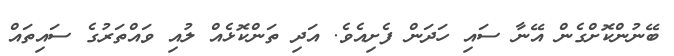
ބޭނުންކޮށްގެން އޭނާ ސައި ހަދަން ފެށިއެވެ. އަދި ތަންކޮޅެއް ލުއި ވައްތަރުގެ ސައިތައް